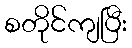
စတိုင်ကျပြီး